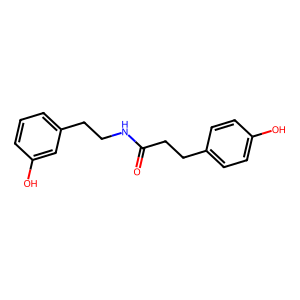
SMILES: O=C(CCc1ccc(O)cc1)NCCc1cccc(O)c1
Inhibits HIV replication: Yes